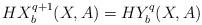
LaTeX: \begin{align*} HX_b^{q+1}(X,A)=HY_b^q(X,A)\end{align*}